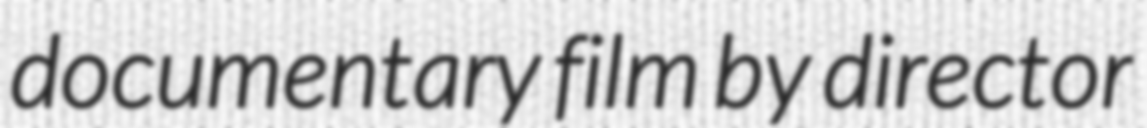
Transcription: documentary film by director